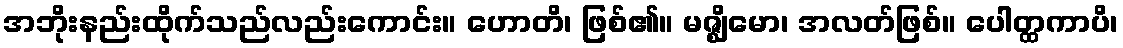
အဘိုးနည်းထိုက်သည်လည်းကောင်း။ ဟောတိ၊ ဖြစ်၏။ မဇ္ဈိမော၊ အလတ်ဖြစ်။ ပေါတ္ထကာပိ၊